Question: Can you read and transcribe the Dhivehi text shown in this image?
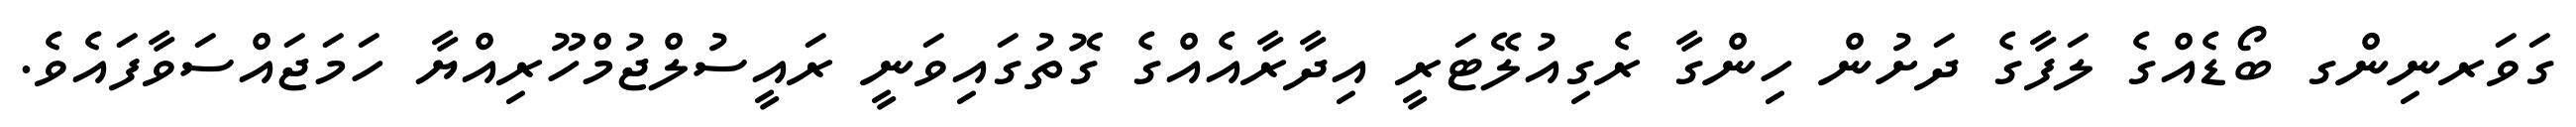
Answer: ގަވަރނިންގ ބޯޑެއްގެ ލަފާގެ ދަށުން ހިންގާ ރެގިއުލޭޓަރީ އިދާރާއެއްގެ ގޮތުގައިވަނީ ރައީސުލްޖުމްހޫރިއްޔާ ހަމަޖައްސަވާފައެވެ.